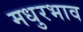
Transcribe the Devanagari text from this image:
मधुरभाव